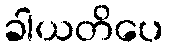
ခါယတိပေ